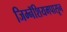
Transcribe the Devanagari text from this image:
जिम्नॅशियमपासून